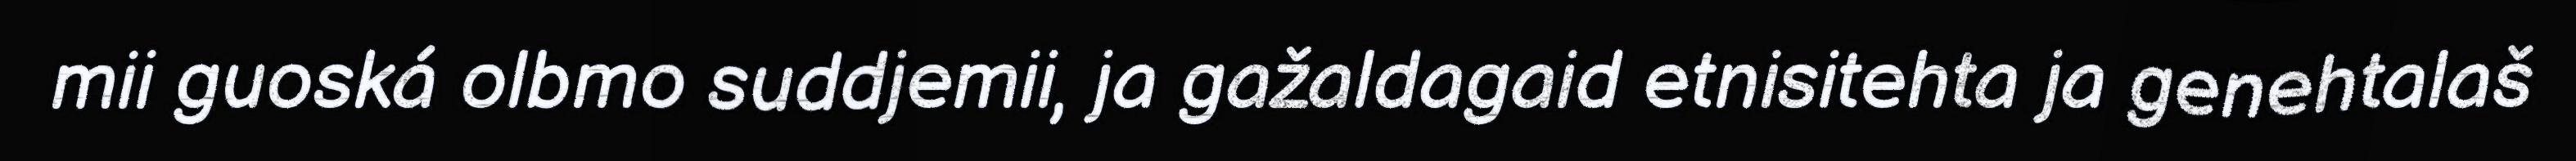
mii guoská olbmo suddjemii, ja gažaldagaid etnisitehta ja genehtalaš